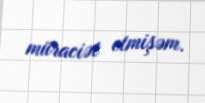
müraciət etmişəm.